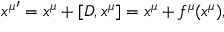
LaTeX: { x ^ { \mu } } ^ { \prime } = x ^ { \mu } + [ D , x ^ { \mu } ] = x ^ { \mu } + f ^ { \mu } ( x ^ { \mu } ) ,